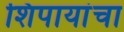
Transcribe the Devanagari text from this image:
शिपायांचा